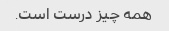
همه چیز درست است.